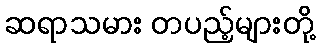
ဆရာသမား တပည့်များတို့